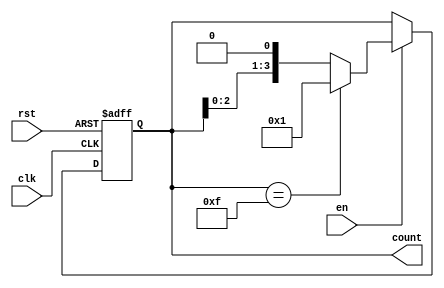
module ring_counter (
    input clk,
    input rst,
    input en,
    output reg [3:0] count // Assume 4 states for this example
);

reg [3:0] next_count;

always @(posedge clk or posedge rst) begin
    if (rst) begin
        count <= 4'b0000;
    end else if (en) begin
        count <= next_count;
    end
end

always @* begin
    next_count = (count == 4'b1111) ? 4'b0001 : count << 1;
end

endmodule